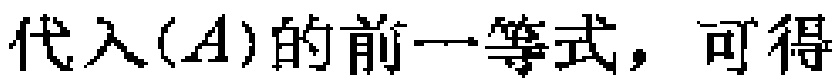
代入$(A)$的前一等式，可得